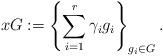
LaTeX: \begin{align*}xG:=\left\{\sum_{i=1}^r \gamma_ig_i\right\}_{g_i\in G}.\end{align*}